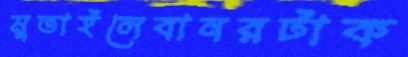
মুতাইলেবানরটাক